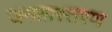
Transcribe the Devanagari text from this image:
जगतास्तरण